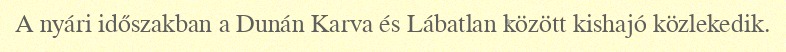
A nyári időszakban a Dunán Karva és Lábatlan között kishajó közlekedik.